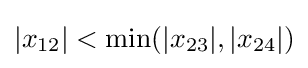
\vert x_{12}\vert <\min(\vert x_{23}\vert ,\vert x_{24}\vert )